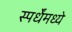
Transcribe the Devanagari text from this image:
स्पर्धेंमध्ये